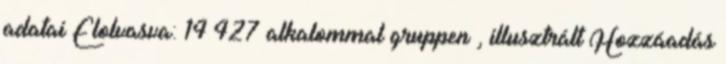
adatai Elolvasva: 14 427 alkalommal gruppen , illusztrált Hozzáadás